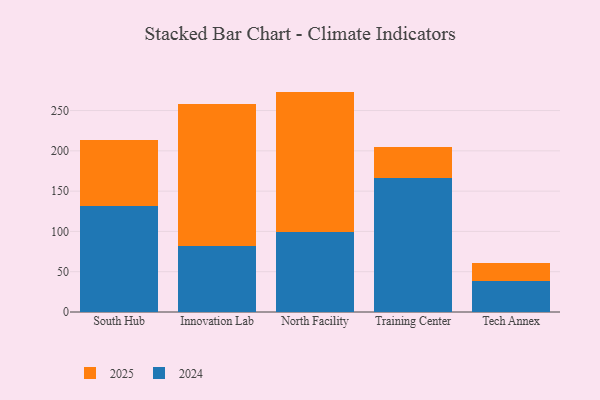
{"axis": {"x": "Campus", "y": "Humidity (%)"}, "legend": ["2024", "2025"], "data": [{"x": "South Hub", "y": 81.3, "type": "2025"}, {"x": "South Hub", "y": 131.7, "type": "2024"}, {"x": "Innovation Lab", "y": 176.1, "type": "2025"}, {"x": "Innovation Lab", "y": 81.8, "type": "2024"}, {"x": "North Facility", "y": 173.9, "type": "2025"}, {"x": "North Facility", "y": 99.6, "type": "2024"}, {"x": "Training Center", "y": 38.2, "type": "2025"}, {"x": "Training Center", "y": 166.0, "type": "2024"}, {"x": "Tech Annex", "y": 22.0, "type": "2025"}, {"x": "Tech Annex", "y": 38.9, "type": "2024"}]}